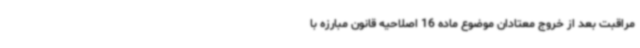
مراقبت بعد از خروج معتادان موضوع ماده 16 اصلاحیه قانون مبارزه با